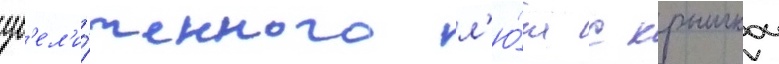
ув'ел'и́ченного л'ю́ка с крышкои